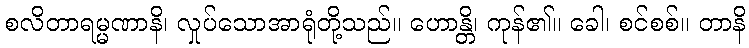
စလိတာရမ္မဏာနိ၊ လှုပ်သောအာရုံတို့သည်။ ဟောန္တိ၊ ကုန်၏။ ခေါ၊ စင်စစ်။ တာနိ